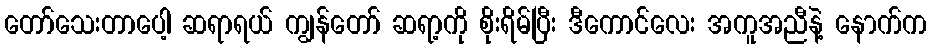
တော်သေးတာပေါ့ ဆရာရယ် ကျွန်တော် ဆရာ့ကို စိုးရိမ်ပြီး ဒီကောင်လေး အကူအညီနဲ့ နောက်က